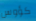
كؤوس